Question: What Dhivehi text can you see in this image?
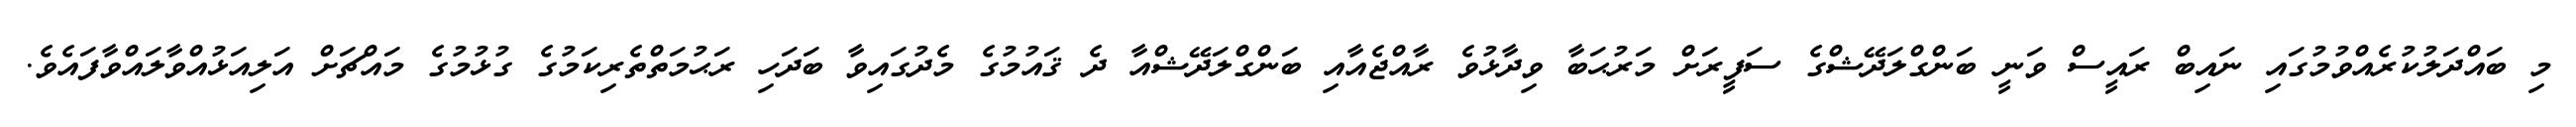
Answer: މި ބައްދަލުކުރެއްވުމުގައި ނައިބް ރައީސް ވަނީ ބަންގްލަދޭޝްގެ ސަފީރަށް މަރުޙަބާ ވިދާޅުވެ ރާއްޖެއާއި ބަންގްލަދޭޝްއާ ދެ ޤައުމުގެ މެދުގައިވާ ބަދަހި ރަޙުމަތްތެރިކަމުގެ ގުޅުމުގެ މައްޗަށް އަލިއަޅުއްވާލައްވާފައެވެ.